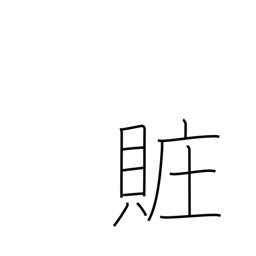
Meaning: bribery